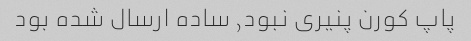
پاپ کورن پنیری نبود, ساده ارسال شده بود